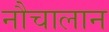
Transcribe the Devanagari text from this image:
नौचालान